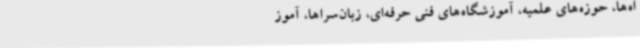
اه‌ها، حوزه‌های علمیه، آموزشگاه‌های فنی حرفه‌ای، زبان‌سراها، آموز